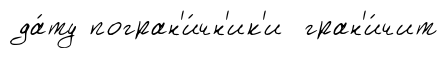
да́ту погран'и́чн'ик'и гран'и́чит